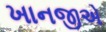
ખાનજીએ